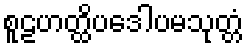
စူဠဟတ္ထိပဒေါပမသုတ္တံ